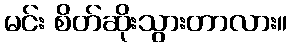
မင်း စိတ်ဆိုးသွားတာလား။